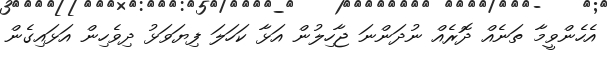
އެހެންވީމާ ތަނެއް ދޮރެއް ނުދަންނަ ޖާހިލުން އަޅާ ކަހަލަ ފިޔަވަޅު ދިވެހިން އަޅައިގެން